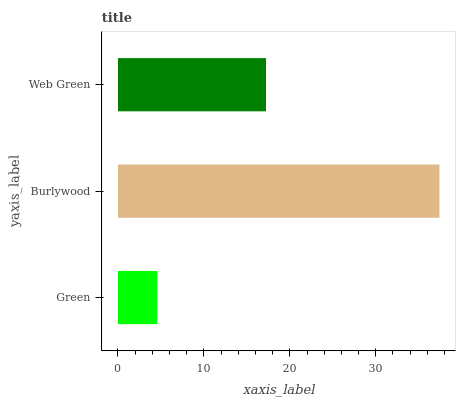
| yaxis_label | bars |
 | --- | --- |
 | Green | 4.58 |
 | Burlywood | 37.4 |
 | Web Green | 17.2 |